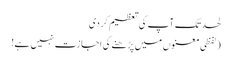
لحد تک آپ کی تعظیم کر دی
(لفظی معنوں میں پڑھنے کی اجازت نہیں ہے!